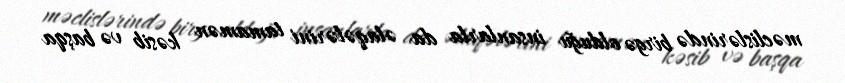
məclislərində birgə olduğu insanlarla da əlaqələrini tamamən kəsib və başqa